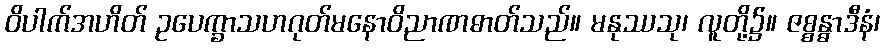
ဝိပါက်အဟိတ် ဥပေက္ခာသဟဂုတ်မနောဝိညာဏဓာတ်သည်။ မနုဿသု၊ လူတို့၌။ ဇစ္စန္ဓာဒီနံ၊